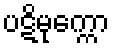
ပဋိမုက္ကော